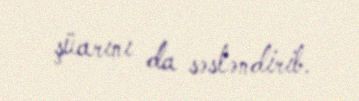
şüarını da səsləndirib.